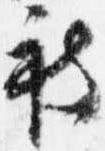
被